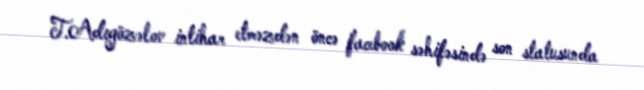
T.Adıgözəlov intihar etməzdən öncə facebook səhifəsində son statusunda